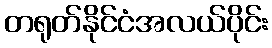
တရုတ်နိုင်ငံအလယ်ပိုင်း